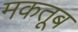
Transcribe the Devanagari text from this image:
मकतूब